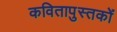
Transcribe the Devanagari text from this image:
कवितापुस्तकों